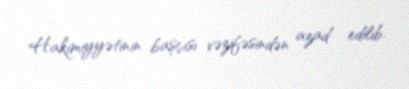
Hakimiyyətinin başçısı vəzifəsindən azad edilib.